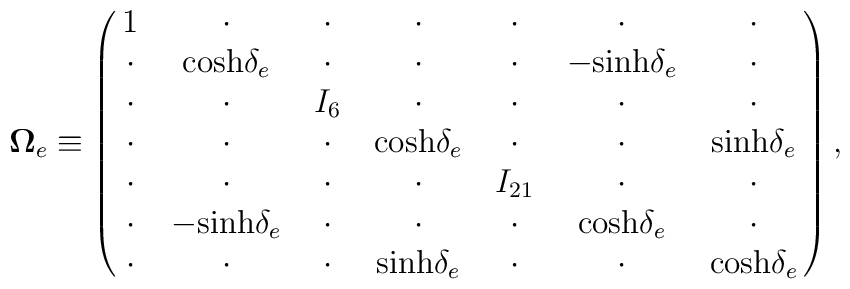
{\bf \Omega}_{e}\equiv\left (\matrix{1&\cdot&\cdot&\cdot&\cdot&\cdot&\cdot\cr\cdot& {\rm cosh}\delta_{e}&\cdot&\cdot&\cdot&-{\rm sinh}\delta_{e}&\cdot\cr \cdot&\cdot&I_6&\cdot&\cdot&\cdot&\cdot \cr\cdot&\cdot&\cdot&{\rm cosh}\delta_{e}&\cdot&\cdot&{\rm sinh}\delta_{e}\cr\cdot&\cdot&\cdot&\cdot&I_{21}&\cdot&\cdot\cr\cdot&-{\rm sinh}\delta_{e}&\cdot&\cdot&\cdot&{\rm cosh}\delta_{e}&\cdot\cr\cdot&\cdot&\cdot&{\rm sinh}\delta_{e}&\cdot&\cdot&{\rm cosh}\delta_{e}}\right ),